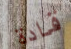
قادة